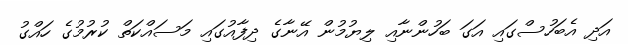
އަދި އެބަހުސްގައި އަގަ ބަހުންނާއި ލިޔުމުން އޭނާގެ ދިފާއުގައި މަސައްކަތް ކުރުމުގެ ހައްގު